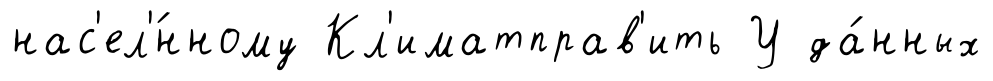
нас'ел'́нному Кл'иматправ'ить У да́нных